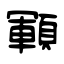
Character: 顐